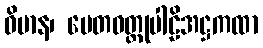
ဝိမာန၊ ပေတဝတ္ထုပါဠိအဋ္ဌကထာ